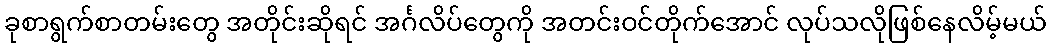
ခုစာရွက်စာတမ်းတွေ အတိုင်းဆိုရင် အင်္ဂလိပ်တွေကို အတင်းဝင်တိုက်အောင် လုပ်သလိုဖြစ်နေလိမ့်မယ်